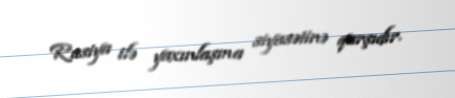
Rusiya ilə yaxınlaşma siyasətinə qarşıdır.